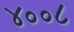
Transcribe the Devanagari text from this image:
४००८